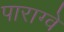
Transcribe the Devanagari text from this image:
पाराग्वे